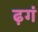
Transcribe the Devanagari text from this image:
ढ़गं